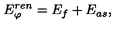
E _ { \varphi } ^ { r e n } = E _ { f } + E _ { a s } ,